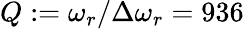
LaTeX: Q:=\omega_{r}/\Delta\omega_{r}=936